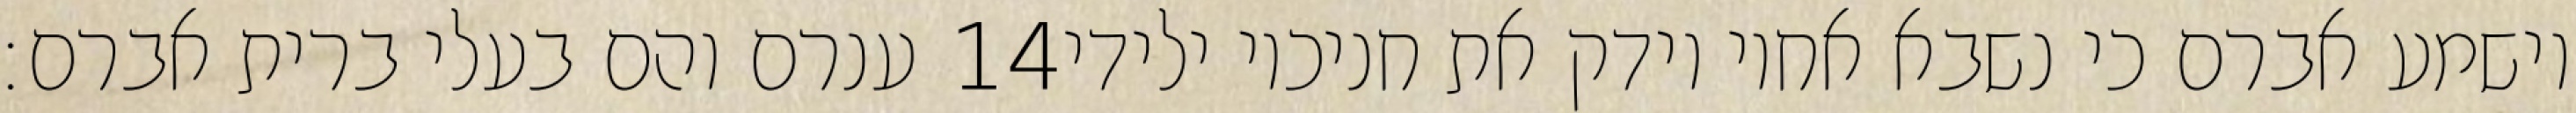
ענרם והם בעלי ברית אברם׃ ‎14‏ וישמע אברם כי נשבא אחיו וידק את חניכיו ילידי